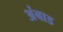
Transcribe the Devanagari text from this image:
अंबाड